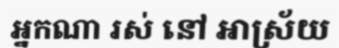
អ្នកណា រស់ នៅ អាស្រ័យ